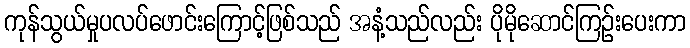
ကုန်သွယ်မှုပလပ်ဖောင်းကြောင့်ဖြစ်သည် အနံ့သည်လည်း ပိုမိုဆောင်ကြဉ်းပေးကာ